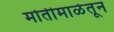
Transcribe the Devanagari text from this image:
मोतीमाळेतून